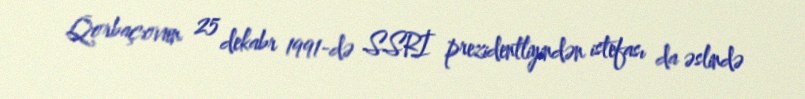
Qorbaçovun 25 dekabr 1991-də SSRİ prezidentliyindən istefası da əslində